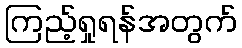
ကြည့်ရှုရန်အတွက်